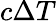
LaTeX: c\Delta T